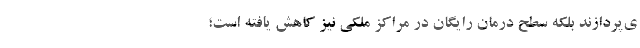
ی‌پردازند بلکه سطح درمان رایگان در مراکز ملکی نیز کاهش یافته است؛